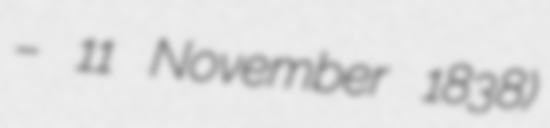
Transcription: – 11 November 1838)